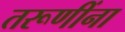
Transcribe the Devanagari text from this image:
तरूणींना